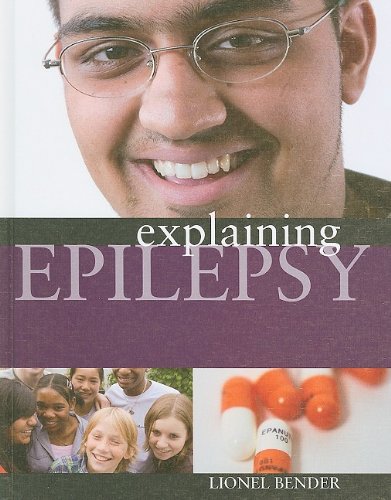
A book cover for Explaining Epilepsy; Lionel Bender; Health, Fitness & Dieting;